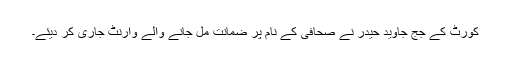
کورٹ کے جج جاوید حیدر نے صحافی کے نام پر ضمانت مل جانے والے وارنٹ جاری کر دیئے۔